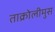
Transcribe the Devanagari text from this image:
ताक्रोलीमुस